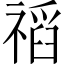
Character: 𥛗